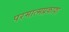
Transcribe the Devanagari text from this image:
परमात्मप्रकाश